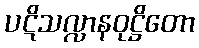
ပဋိသလ္လာနဝုဋ္ဌိတော